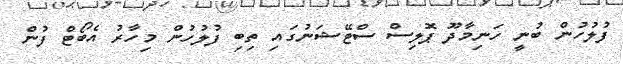
ފުލުހުން ބުނީ ހަނިމާދޫ ޕޮލިސް ސްޓޭޝަނުގައި ތިބި ފުލުހުން މިހާރު އެބޯޓް ފުން